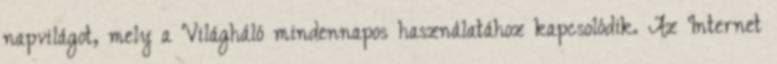
napvilágot, mely a Világháló mindennapos használatához kapcsolódik. Az Internet